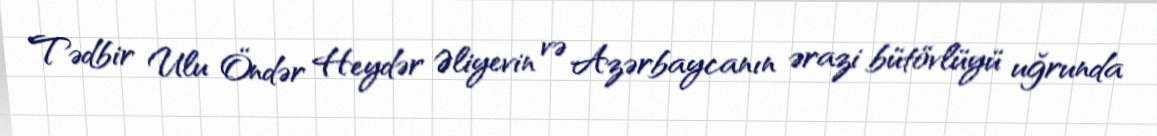
Tədbir Ulu Öndər Heydər Əliyevin və Azərbaycanın ərazi bütövlüyü uğrunda